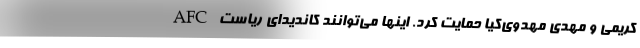
کریمی و مهدی مهدوی‌کیا حمایت کرد. اینها می‌توانند کاندیدای ریاست AFC